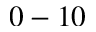
0 - 1 0